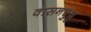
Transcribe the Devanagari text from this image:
वासनचुल्लु